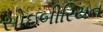
સોઇબીરિયન